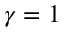
\gamma = 1